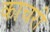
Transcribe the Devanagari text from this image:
काचरी